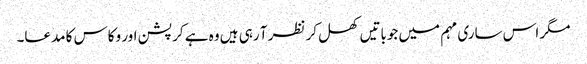
مگر اس ساری مہم میں جوباتیں کھل کر نظر آ رہی ہیں وہ ہے کرپشن اور وکاس کا مدعا۔